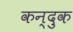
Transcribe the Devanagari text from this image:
कन्दुक